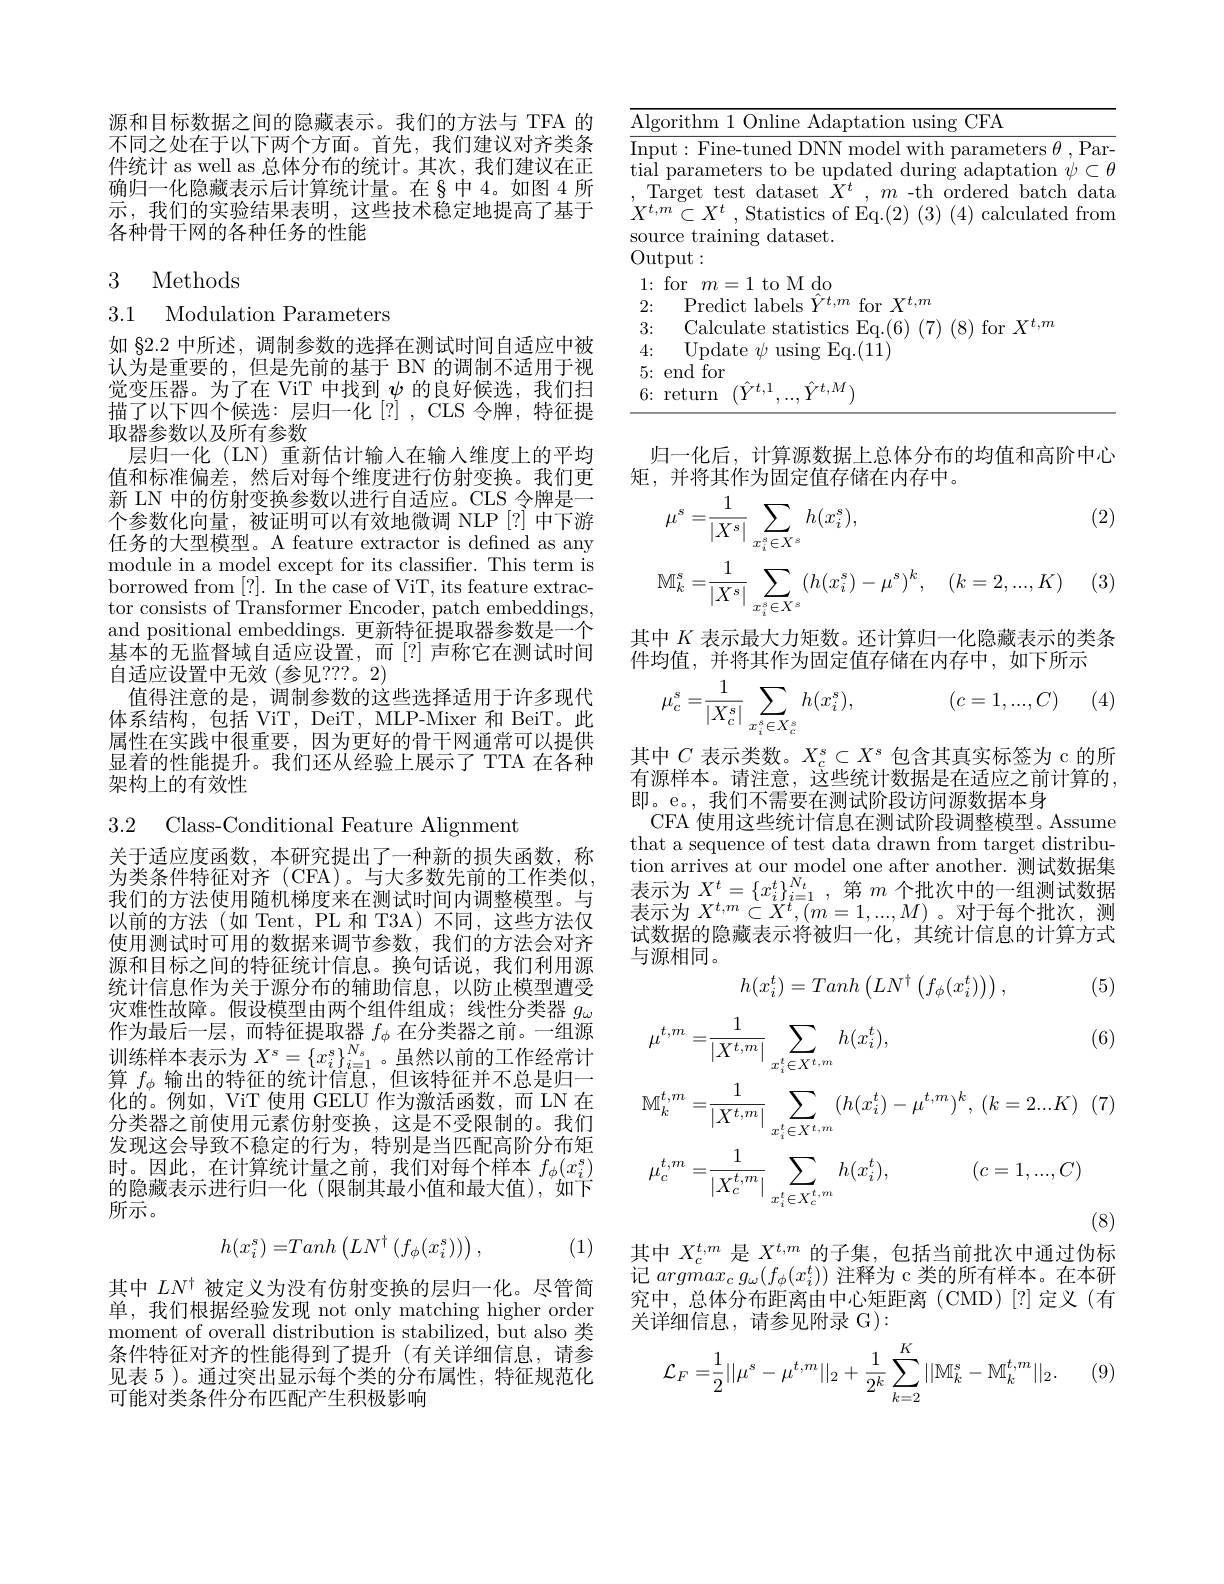
源和目标数据之间的隐藏表示。我们的方法与 TFA 的不同之处在于以下两个方面。首先，我们建议对齐类条件统计 as well as 总体分布的统计。其次，我们建议在正确归一化隐藏表示后计算统计量。在§中4。如图 4 所示，我们的实验结果表明，这些技术稳定地提高了基于各种骨干网的各种任务的性能

## 3 Methods

3.1 Modulation Parameters

如 §2.2 中所述，调制参数的选择在测试时间自适应中被认为是重要的，但是先前的基于 BN 的调制不适用于视觉变压器。为了在 ViT 中找到$\psi$的良好候选，我们扫描了以下四个候选：层归一化[?],CLS 令牌，特征提取器参数以及所有参数
层归一化 (LN) 重新估计输入在输入维度上的平均值和标准偏差，然后对每个维度进行仿射变换。我们更新 LN 中的仿射变换参数以进行自适应。CLS 令牌是一个参数化向量，被证明可以有效地微调 NLP[?] 中下游任务的大型模型。A feature extractor is defined as any module in a model except for its classifier. This term is borrowed from [?]. In the case of ViT, its feature extractor consists of Transformer Encoder, patch embeddings, and positional embeddings. 更新特征提取器参数是一个基本的无监督域自适应设置，而[?]声称它在测试时间自适应设置中无效(参见？??。2)
值得注意的是，调制参数的这些选择适用于许多现代体系结构，包括 ViT, DeiT, MLP-Mixer 和 BeiT。此属性在实践中很重要，因为更好的骨干网通常可以提供显着的性能提升。我们还从经验上展示了 TTA 在各种架构上的有效性

3.2 Class-Conditional Feature Alignment

关于适应度函数，本研究提出了一种新的损失函数，称为类条件特征对齐(CFA)。与大多数先前的工作类似， 我们的方法使用随机梯度来在测试时间内调整模型。与以前的方法(如 Tent, PL 和 T3A) 不同，这些方法仅使用测试时可用的数据来调节参数，我们的方法会对齐源和目标之间的特征统计信息。换句话说，我们利用源统计信息作为关于源分布的辅助信息，以防止模型遭受灾难性故障。假设模型由两个组件组成；线性分类器$g_\omega$ 作为最后一层，而特征提取器$f_\phi$在分类器之前。一组源训练样本表示为$X^s=\{x_i^s\}_{i=1}^{N_s}$。虽然以前的工作经常计算$f_\phi$输出的特征的统计信息，但该特征并不总是归一化的。例如，ViT 使用 GELU 作为激活函数，而 LN 在分类器之前使用元素仿射变换，这是不受限制的。我们发现这会导致不稳定的行为，特别是当匹配高阶分布矩时。因此，在计算统计量之前，我们对每个样本$f_\phi(x_i^s)$ 的隐藏表示进行归一化 (限制其最小值和最大值),如下所示。

(1)
$$h(x_i^s)=Tanh\begin{pmatrix}LN^\dagger\:(f_\phi(x_i^s))\end{pmatrix},$$
其中$LN^{\dagger}$被定义为没有仿射变换的层归一化。尽管简单，我们根据经验发现 not only matching higher order moment of overall distribution is stabilized, but also 类条件特征对齐的性能得到了提升(有关详细信息，请参见表 5 )。通过突出显示每个类的分布属性，特征规范化可能对类条件分布匹配产生积极影响

<table>
	<tbody>
		<tr>
			<td>llsing CFA $1th$ (0)nline Adar</td>
		</tr>
		<tr>
			<td>return $M$</td>
		</tr>
	</tbody>
</table>

归一化后，计算源数据上总体分布的均值和高阶中心
矩，并将其作为固定值存储在内存中。
$$\begin{aligned}\mu^{s}=&\frac{1}{|X^{s}|}\sum_{x_{i}^{s}\in X^{s}}h(x_{i}^{s}),\\\mathbb{M}_{k}^{s}=&\frac{1}{|X^{s}|}\sum_{x_{i}^{s}\in X^{s}}(h(x_{i}^{s})-\mu^{s})^{k},\quad(k=2,...,K)\end{aligned}$$
(2)

(3)

其中$K$表示最大力矩数。还计算归一化隐藏表示的类条
件均值，并将其作为固定值存储在内存中，如下所示
$$\mu_c^s=\dfrac{1}{|X_c^s|}\sum_{x_i^s\in X_c^s}h(x_i^s),\quad(c=1,...,C)$$
(4)

其中$C$表示类数。$X_c^s\subset X^s$包含其真实标签为 c 的所有源样本。请注意，这些统计数据是在适应之前计算的， 即。e。, 我们不需要在测试阶段访问源数据本身
CFA 使用这些统计信息在测试阶段调整模型。Assume that a sequence of test data drawn from target distribution arrives at our model one after another. 测试数据集表示为$X^t=\{x_i^t\}_{i=1}^{N_t}$,第$m$个批次中的一组测试数据表示为$X^{t,m}\subset X^{t},(m=1,...,M)$。对于每个批次，测试数据的隐藏表示将被归一化，其统计信息的计算方式与源相同。
$$h(x_i^t)=Tanh\left(LN^\dagger\left(f_\phi(x_i^t)\right)\right),$$
(5)
$$\begin{aligned}\mu^{t,m}=&\frac{1}{|X^{t,m}|}\sum_{x_{i}^{t}\in X^{t,m}}h(x_{i}^{t}),&\text{(6}\\\mathbb{M}_{k}^{t,m}=&\frac{1}{|X^{t,m}|}\sum_{x_{i}^{t,m}\in X^{t,m}}(h(x_{i}^{t})-\mu^{t,m})^{k},\:(k=2...K)&\text{(}\\\mu_{c}^{t,m}=&\frac{1}{|X_{c}^{t,m}|}\sum_{x_{i}^{t}\in X_{c}^{t,m}}h(x_{i}^{t}),&(c=1,...,C)\end{aligned}$$
其中$X_c^{t,m}$是$X^{t,m}$的子集，包括当前批次中通过伪标记$argmax_cg_\omega(f_\phi(x_i^t))$注释为 c 类的所有样本。在本研究中，总体分布距离由中心矩距离(CMD)[?]定义(有关详细信息，请参见附录 G):
$$\begin{aligned}\mathcal{L}_F=&\frac{1}{2}||\mu^s-\mu^{t,m}||_2+\frac{1}{2^k}\sum_{k=2}^K||\mathbb{M}_k^s-\mathbb{M}_k^{t,m}||_2.\end{aligned}$$
(9